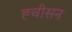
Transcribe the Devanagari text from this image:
ह्चीसन